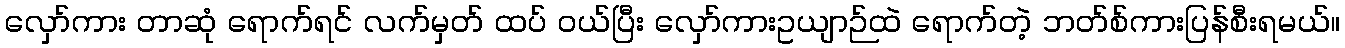
လှော်ကား တာဆုံ ရောက်ရင် လက်မှတ် ထပ် ဝယ်ပြီး လှော်ကားဥယျာဉ်ထဲ ရောက်တဲ့ ဘတ်စ်ကားပြန်စီးရမယ်။